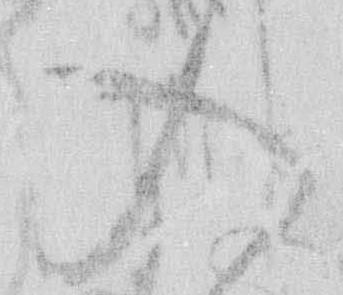
入